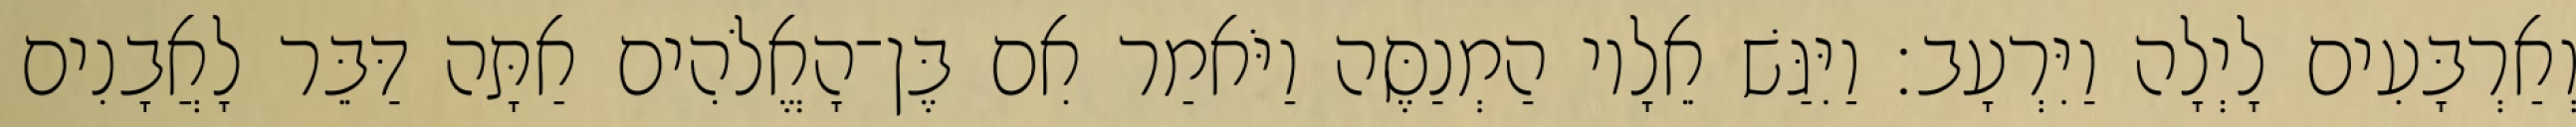
וְאַרְבָּעִים לָיְלָה וַיִּרְעָב׃ וַיִּגַּשׁ אֵלָיו הַמְנַסֶּה וַיֹּאמַר אִם בֶּן־הָאֱלֹהִים אַתָּה דַּבֵּר לָאֲבָנִים